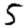
Digit: 5